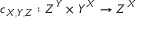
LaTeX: c _ { X , Y , Z } : Z ^ { Y } \times Y ^ { X } \to Z ^ { X }